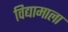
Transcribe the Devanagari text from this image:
विद्यामाला